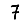
Digit: 7